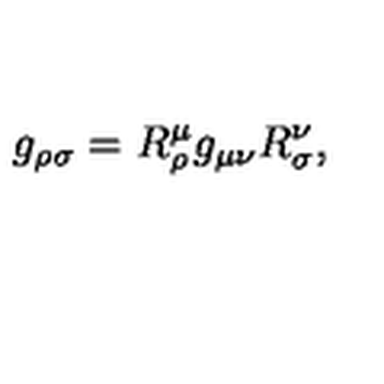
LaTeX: g _ { \rho \sigma } = R _ { \rho } ^ { \mu } g _ { \mu \nu } R _ { \sigma } ^ { \nu } ,